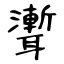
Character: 聻